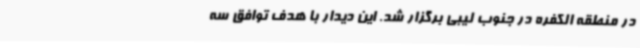
در منطقه الکفره در جنوب لیبی برگزار شد. این دیدار با هدف توافق سه